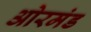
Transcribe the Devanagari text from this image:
ओरमंड